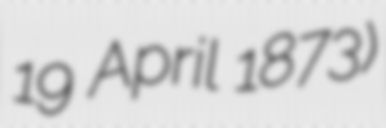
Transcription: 19 April 1873)